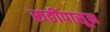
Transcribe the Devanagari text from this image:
रूढींपासून